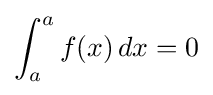
\int _{a}^{a}f(x)\,dx=0